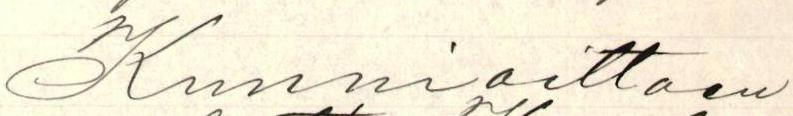
Kunnioittaen